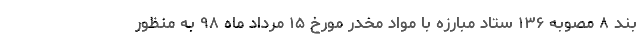
بند ۸ مصوبه ۱۳۶ ستاد مبارزه با مواد مخدر مورخ ۱۵ مرداد ماه ۹۸ به منظور